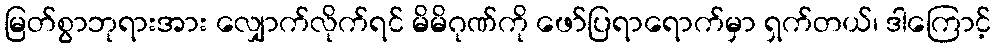
မြတ်စွာဘုရားအား လျှောက်လိုက်ရင် မိမိဂုဏ်ကို ဖော်ပြရာရောက်မှာ ရှက်တယ်၊ ဒါကြောင့်